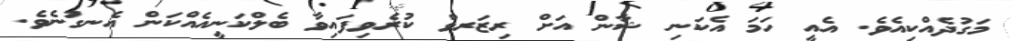
މަގުދެއްކިއެވެ. އެއީ ހަމަ އެކަނި ޝާން އަށް ރިޒަރވް ކުރެވިފައިވާ ބެލްކަނީއެއްކަން އެނގުނެވެ.